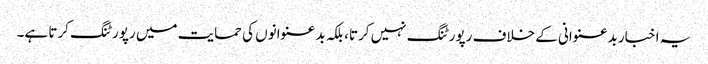
یہ اخبار بدعنوانی کے خلاف رپورٹنگ نہیں کرتا، بلکہ بدعنوانوں کی حمایت میں رپورٹنگ کرتا ہے۔